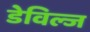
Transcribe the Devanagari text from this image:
डेविल्ज